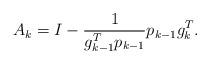
LaTeX: \begin{align*}A_k = I-\frac{1}{g_{k-1}^T p_{k-1}} p_{k-1} g_k^T.\end{align*}